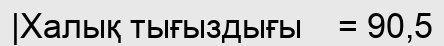
|Халық тығыздығы    = 90,5